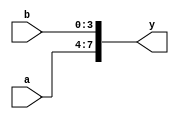
module bus_con (a,b, y);
  	  	input [3:0] a, b;
  	  	output [7:0] y;
  	  	wire [7:0] y;
  	  	 
  	  	assign y = {a,b};
  	  	 
endmodule